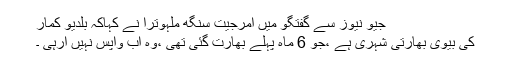
جیو نیوز سے گفتگو میں امرجیت سنگھ ملہوترا نے کہاکہ بلدیو کمار
کی بیوی بھارتی شہری ہے ،جو 6 ماہ پہلے بھارت گئی تھی ،وہ اب واپس نہیں آرہی ۔